King Institute of Preventive Medicine Micro-Biological Section reports 1909-11
Year: 1909
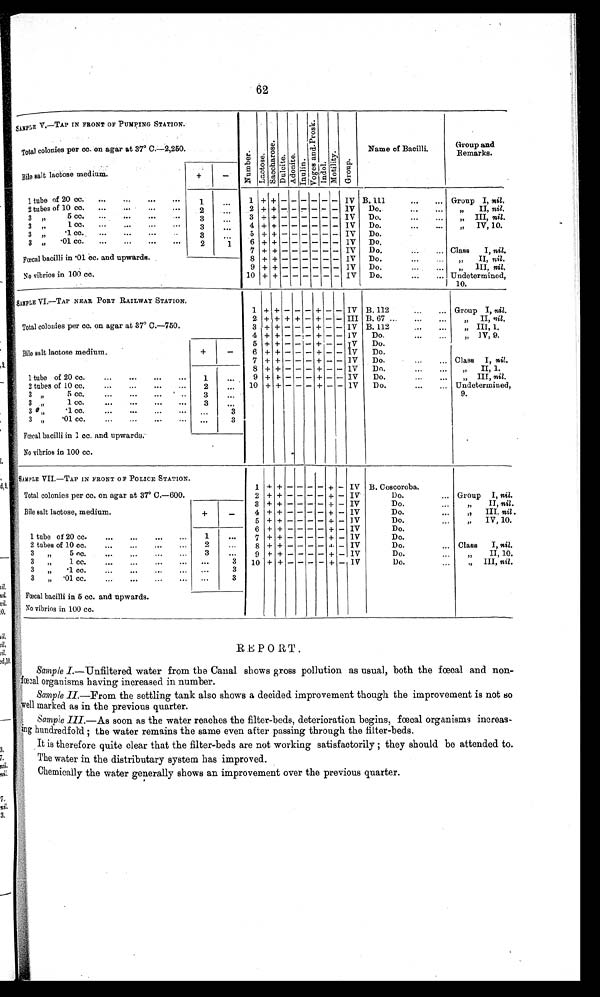
62
SAMPLE V.—TAP IN FRONT OF PUMPING STATION.
N u m b e r .
L a c t o s e .
S a c c h a r o s e .
Dul ci t e. A d o n i t e .
Inul i n.
Vo g e s a n d Pr o s k .
I n d o l .
Mot i l i t y.
G r o u p .
Name of Bacilli.
Group and
Remarks.
Total colonies per cc. on agar at 37° C.-2,250
Bile salt lactose medium
+
-
1 tube of 20 cc.
. . .
. . .
. . .
. . .
1
. . .
1
+ + -
- - - - -
IV B. 111
. . .
. . . Group I, nil.
2 tubes of 10 cc.
...
. . .
. . .
. . .
2
...
2 + + -
- - - - - IV
Do.
. . .
. . .
, , I I ,
n i l .
3 ,,
5 cc.
. . .
...
...
. . .
3
...
3 + + -
- - - - -
IV
Do.
...
...
„ III, nil.
3 „
1 cc.
...
. . .
. . .
. . .
3
. . .
4 + + -
- - - - -
IV
Do.
...
...
„
IV, 10.
3 „
. 1 c c .
. . .
. . .
. . .
. . .
3
. . .
5 + + -
- - - - -
IV
Do.
3 „
•01 cc.
...
...
...
...
2
1
6
+
+ -
- - - - -
IV
Do.
7
+ + -
- - - - -
IV
Do.
. . ... Class
I, nil.
Fœcal bacilli in .01 cc. and upwards.
8 + + -
- - - - -
IV
Do.
. . .
. . .
„
II, nil.
9 + +
-
- - - - -
IV
Do.
. . .
. . .
, , I I I .n
i l .
No vibrios in 100 cc.
10 + + -
- - - - -
IV
Do.
...
... Undetermined,
10.
SAMPLE VI.-TAP NEAR PORT RAILWAY STATION.
1 + +-
- - + - - IV B, 112
...
. . . Group I, nil.
2. + + + + - + + - -
III B. 67 ...
. . .
, , I I ,
n i l .
Total colonies per cc. on agar at 37° C.-750.
3 + +-
- - + - -
IV B. 112
. . .
. . .
„ III, 1.
4 +
+
-
- - + - -
IV
Do.
. . .
. . .
, , I V , 9 .
5 + + -
- - + -
- IV
Do.
Bile salt lactose medium.
+
-
6 + + -
- - + - -
IV
Do.
7 +
+ -
- - + - -
IV
Do.
. . .
. . . Class I, nil.
8 + + -
- - + -
- IV
Do.
...
...
„
II, 1.
1 tube of 20 cc.
. . .
. . .
. . .
. . .
1
. . .
9 + + -
- - + - -
1V
Do.
. . .
...
„ III, nil.
2 tubes of 10 cc.
. . .
. . .
. . .
. . .
2
...
10 ++ -
- - + - -
1V
Do
. . .
. . . Undetermined,9.
3
, ,
5 c c .
. . .
. . .
. . .
. . .
3
. . .
3 ,,
1 cc.
. . .
. . .
. . .
. . .
3
. . .
3
,, 1 c c .
. . .
. . .
. . .
. . .
...
3
3 „
. 0 1 c c .
. . .
. . .
. . .
. . .
...
3
Fœcal bacilli in 1 cc. and upwards.
No vibrios in 100 cc.
SAMPLE VII.—TAP IN FRONT OF POLICE STATION.
1 + + -
- - - + -
IV B. Coscoroba.
Total colonies per cc. on agar at 37° C.-600.
2 + + -
- - - + -
IV
Do.
... Group I, nil.
3 + + -
- - - + -
IV
Do.
...
,,
II, nil.
Bile salt lactose, medium.
+
-
4 + + -
- - - + -
IV
Do
—
,,
III. nil.
)
5 + + -
- - - + -
IV
Do.
IV, 10.
6 + + -
- - - + -
IV
Do.
1 tube of 20 cc.
. . .
. . .
. . .
. . .
1
...
7 + + -
- - - + -
IV
Do.
2 tubes of 10 cc.
. . .
...
...
...
2
. . .
8 +
+ -
- - - + -
IV
Do.
... Class
I, nil.
3
„
5 cc.
. . .
. . .
. . .
. . .
3
. . .
9 + + -
- - - + -
IV
Do.
II, 10.
3
„
1 cc.
. . .
. . .
. . .
. . .
. . .
3
10 +
+ -
- - - + -
IV
Do.
III, nil.
3
„
1cc.
. . .
. . .
. . .
. . .
. . .
3
3
,,
.01 cc
...
. . .
...
...
...
3
Fœcal bacilli in 5 cc. and upwards.
No vibrios in 100 cc.
—
REPORT.
S a mp l e I.—Unfiltered water from the Canal shows gross pollution as usual, both the fœcal and non-
fœcal organisms having increased in number.
Sample II .—From the settling tank also shows a decided improvement though the improvement is not so
well marked as in the previous quarter.
S a mp l e I I I . — As soon as the water reaches the filter-beds, deterioration begins, fœcal organisms increas-i-
ng hundredfold : the water remains the same even after passing through the filter-beds.
It is therefore quite clear that the filter-beds are not working satisfactorily they should be attended to.
The water in the distributary system has improved.
Chemically the water generally shows an improvement over the previous quarter.